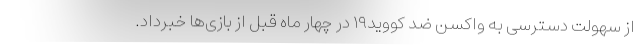
از سهولت دسترسی به واکسن ضد کووید۱۹ در چهار ماه قبل از بازی‌ها خبرداد.